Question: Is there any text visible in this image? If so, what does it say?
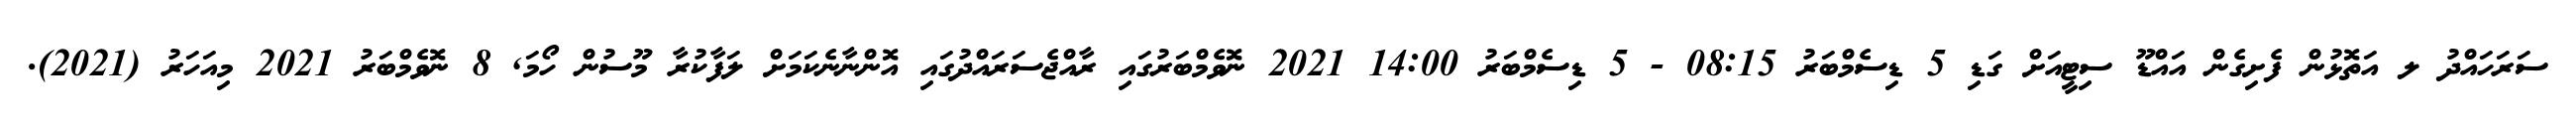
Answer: ސަރަހައްދު ލ އަތޮޅުން ފެށިގެން އައްޑޫ ސިޓީއަށް ގަޑި 5 ޑިސެމްބަރު 08:15 - 5 ޑިސެމްބަރު 14:00 2021 ނޮވެމްބަރުގައި ރާއްޖެސަރައްދުގައި އޮންނާނެކަމަށް ލަފާކުރާ މޫސުން ހޯމަ, 8 ނޮވެމްބަރު 2021 މިއަހަރު (2021).